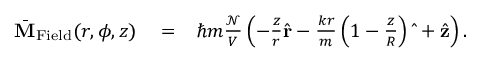
\begin{array} { r l r } { \bar { \bf M } _ { \mathrm { F i e l d } } ( r , \phi , z ) } & { { } = } & { \hbar m \frac { \mathcal N } { V } \left( - \frac { z } { r } \hat { \bf r } - \frac { k r } { m } \left( 1 - \frac { z } { R } \right) \hat { \bf \Phi } + \hat { \bf z } \right) . } \end{array}